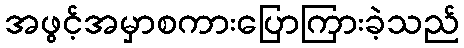
အဖွင့်အမှာစကားပြောကြားခဲ့သည်